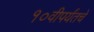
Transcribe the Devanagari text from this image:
१०वीपर्यंतचे